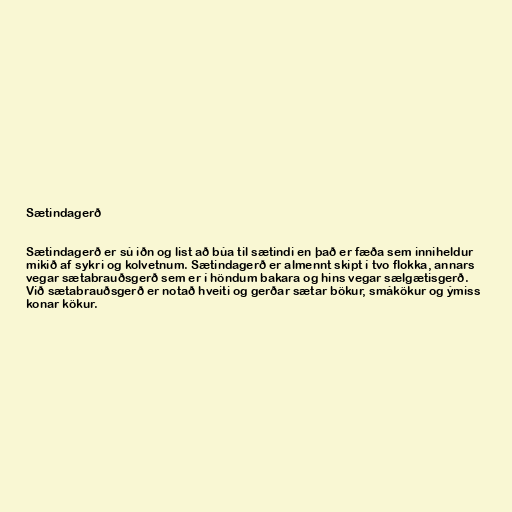
Sætindagerð

Sætindagerð er sú iðn og list að búa til sætindi en það er fæða sem inniheldur
mikið af sykri og kolvetnum. Sætindagerð er almennt skipt í tvo flokka, annars
vegar sætabrauðsgerð sem er í höndum bakara og hins vegar sælgætisgerð.
Við sætabrauðsgerð er notað hveiti og gerðar sætar bökur, smákökur og ýmiss
konar kökur.